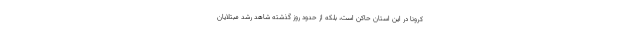
کرونا در این استان حاکن است، بلکه از حدود روز گذشته شاهد رشد مبتلایان